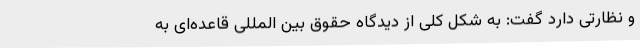
و نظارتی دارد گفت: به شکل کلی از دیدگاه حقوق بین المللی قاعده‌ای به